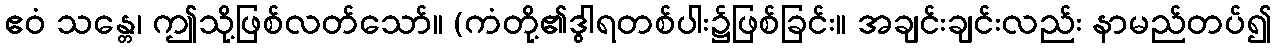
ဧဝံ သန္တေ၊ ဤသို့ဖြစ်လတ်သော်။ (ကံတို့၏ဒွါရတစ်ပါး၌ဖြစ်ခြင်း။ အချင်းချင်းလည်း နာမည်တပ်၍